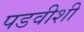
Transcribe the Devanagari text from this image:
पडवीशी